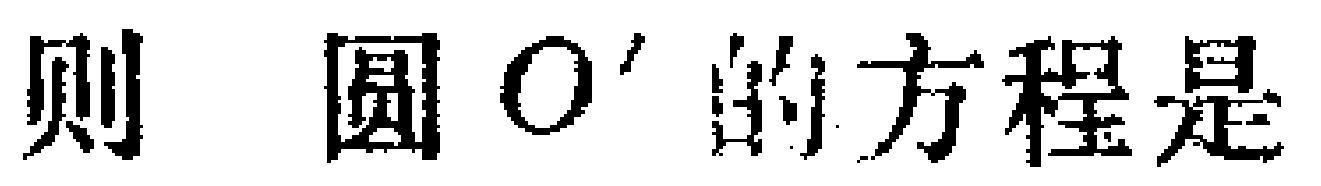
则 圆 \(O'\) 的方程是